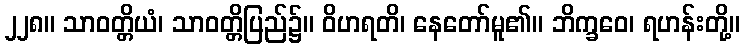
၂၂၈။ သာဝတ္တိယံ၊ သာဝတ္တိပြည်၌။ ဝိဟရတိ၊ နေတော်မူ၏။ ဘိက္ခဝေ၊ ရဟန်းတို့။